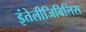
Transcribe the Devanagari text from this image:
इंतेलीजिबिलिस